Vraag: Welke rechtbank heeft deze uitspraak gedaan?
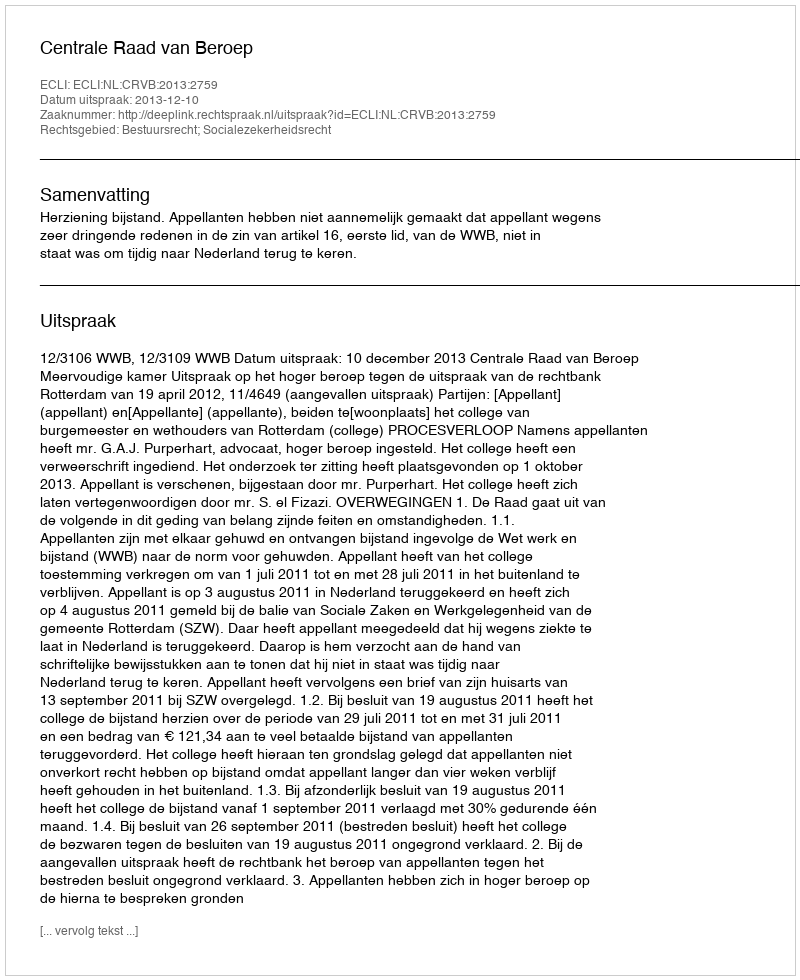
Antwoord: Centrale Raad van Beroep